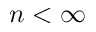
n < \infty